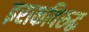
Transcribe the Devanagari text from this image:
इराकविरुद्ध